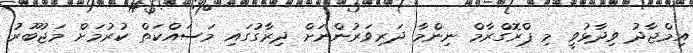
އިމްޖާދު ވިދާޅުވީ މި ޕްރޮގްރާމް ނިންމާ ދަރިވަރުންނަށް ދިރާގުގައި މަސައްކަތް ކުރުމަށް މަޖުބޫރު